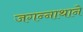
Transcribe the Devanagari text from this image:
जगन्‍नाथाने